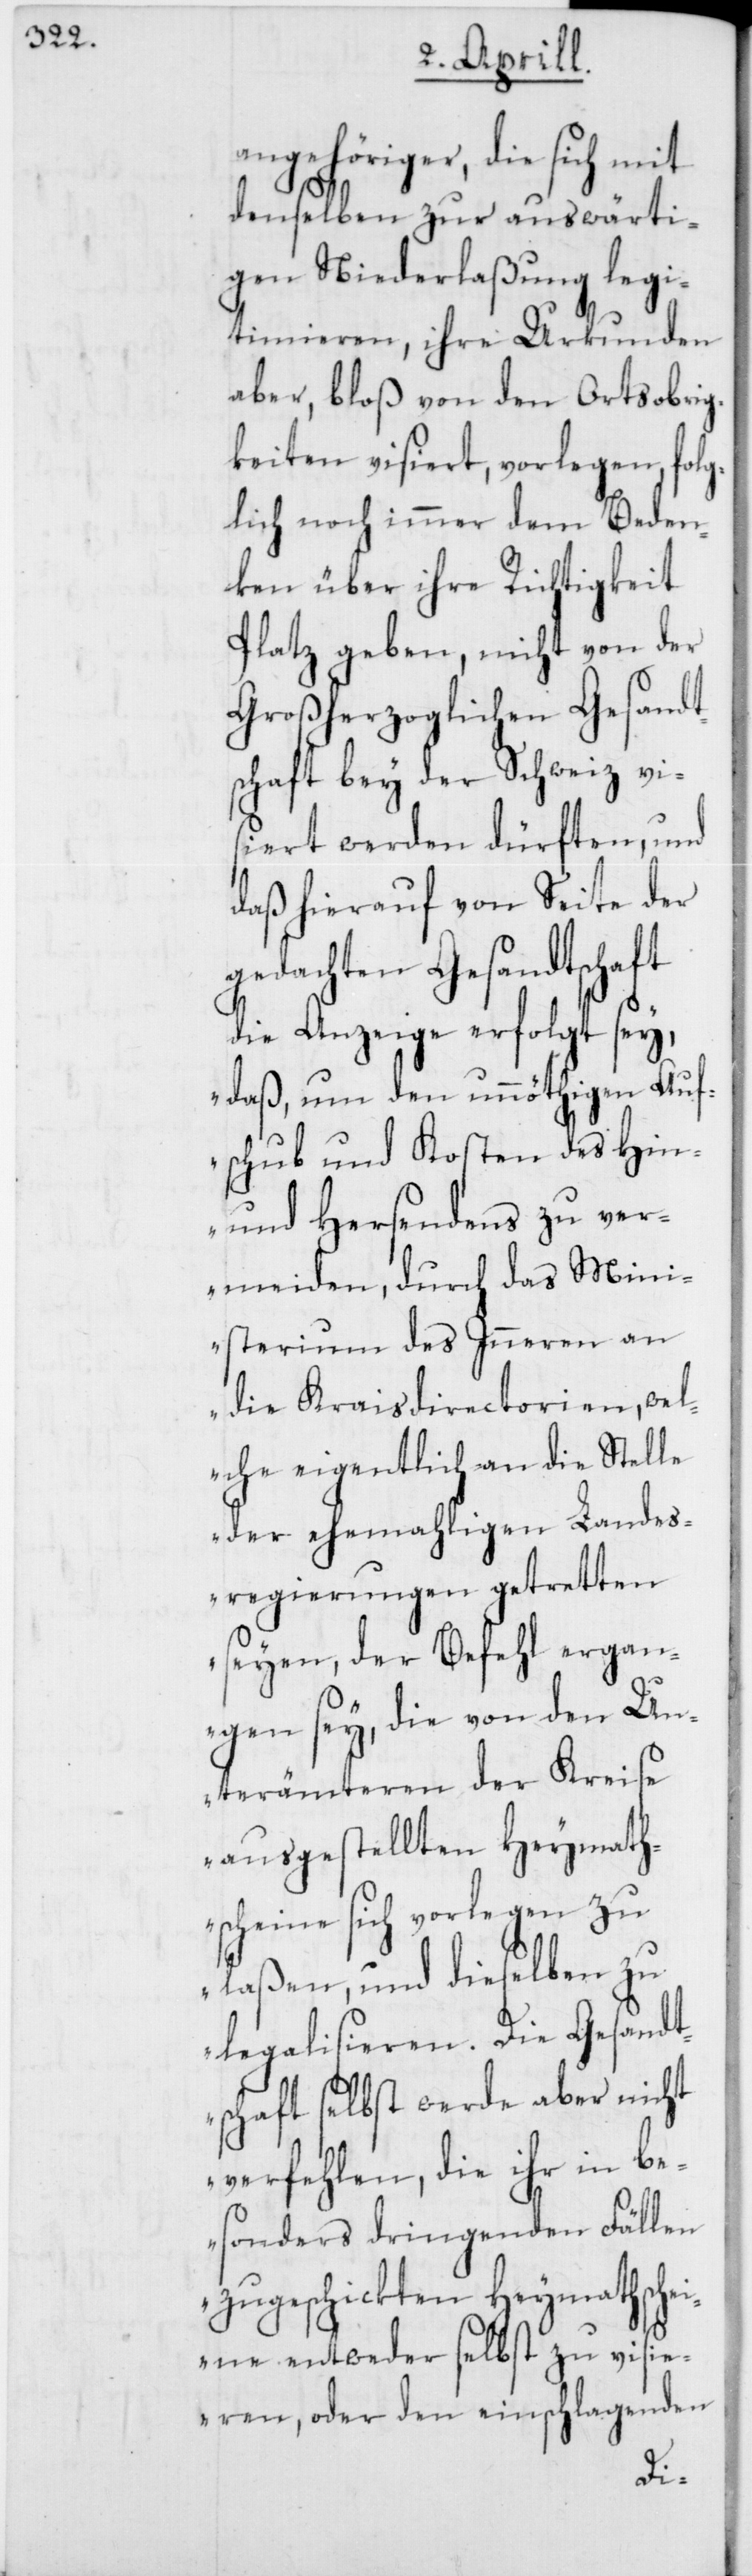
angehöriger, die sich mit
denselben zur auswärti¬
gen Niederlaßung legi¬
timieren, ihre Urkunden
aber, bloß von den Ortsobrig¬
keiten visiert, vorlegen, folg¬
lich noch immer dem Beden¬
ken über ihre Richtigkeit
Platz geben, nicht von der
Großherzoglichen Gesandt¬
schaft bey der Schweiz vi¬
siert werden dürften, und
daß hierauf von Seite der
gedachten Gesandtschaft
die Anzeige erfolgt sey,
„daß um den unnöthigen Auf¬
schub und Kosten des Hin-
und Hersendens zu ver¬
meiden, durch das Mini¬
sterium des Inneren an
die Kraisdirectorien, we¬
lche eigentlich an die Stelle
der ehemahligen Lande¬
sregierungen getretten
seyen, der Befehl ergan¬
gen sey, die von den Un¬
terämteren der Kreise
ausgestellten Heymath¬
scheine sich vorlegen zu
laßen, und dieselben
legalisieren. Die
schaft selbst werde
verfehlen, die ihr
esonders dringen¬
zugeschickten Heym¬
eine entweder selbst
visi¬
eren, oder den

athsch¬